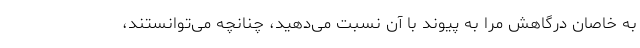
به خاصان درگاهش مرا به پیوند با آن نسبت می‌دهید، چنانچه می‌توانستند،